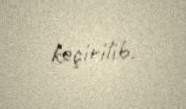
keçirilib.